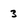
Character: 3